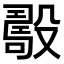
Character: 𣪾